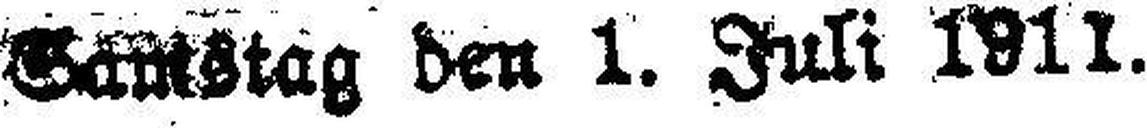
Samstag den 1. Juli 1911.